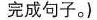
完成句子。)